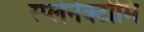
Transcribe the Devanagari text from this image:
स्प्लेनेक्टोमि